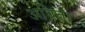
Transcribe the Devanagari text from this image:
अविता